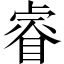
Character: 睿